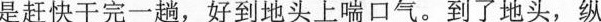
是赶快干完一趟，好到地头上喘口气。到了地头，纵